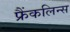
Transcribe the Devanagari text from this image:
फ्रैंकलिन्स